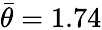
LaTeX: \bar{\theta}=1.74